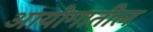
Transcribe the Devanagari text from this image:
आयोगातील